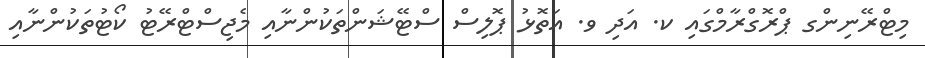
މިޓްރޭނިންގ ޕްރޮގްރާމްގައި ކ. އަދި ވ. އަތޮޅު ޕޮލިސް ސްޓޭޝަންތަކުންނާއި މެޖިސްޓްރޭޓު ކޯޓުތަކުންނާއި